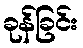
ခုန်ခြင်း